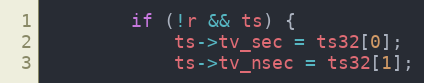
Language: C
		if (!r && ts) {
			ts->tv_sec = ts32[0];
			ts->tv_nsec = ts32[1];